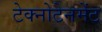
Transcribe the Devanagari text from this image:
टेक्नोटेनमेंट